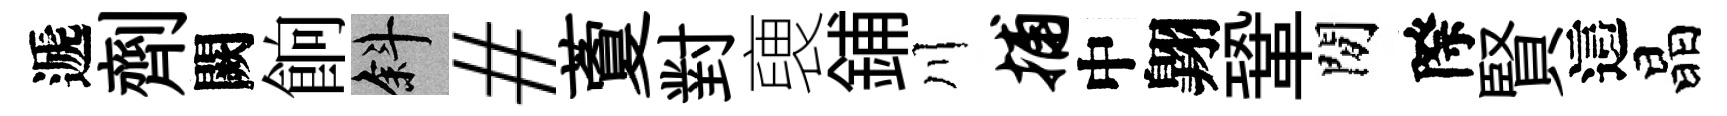
遞劑闕餉斜#藑對褏鋪川捕中翺鞏閒際賢這晶